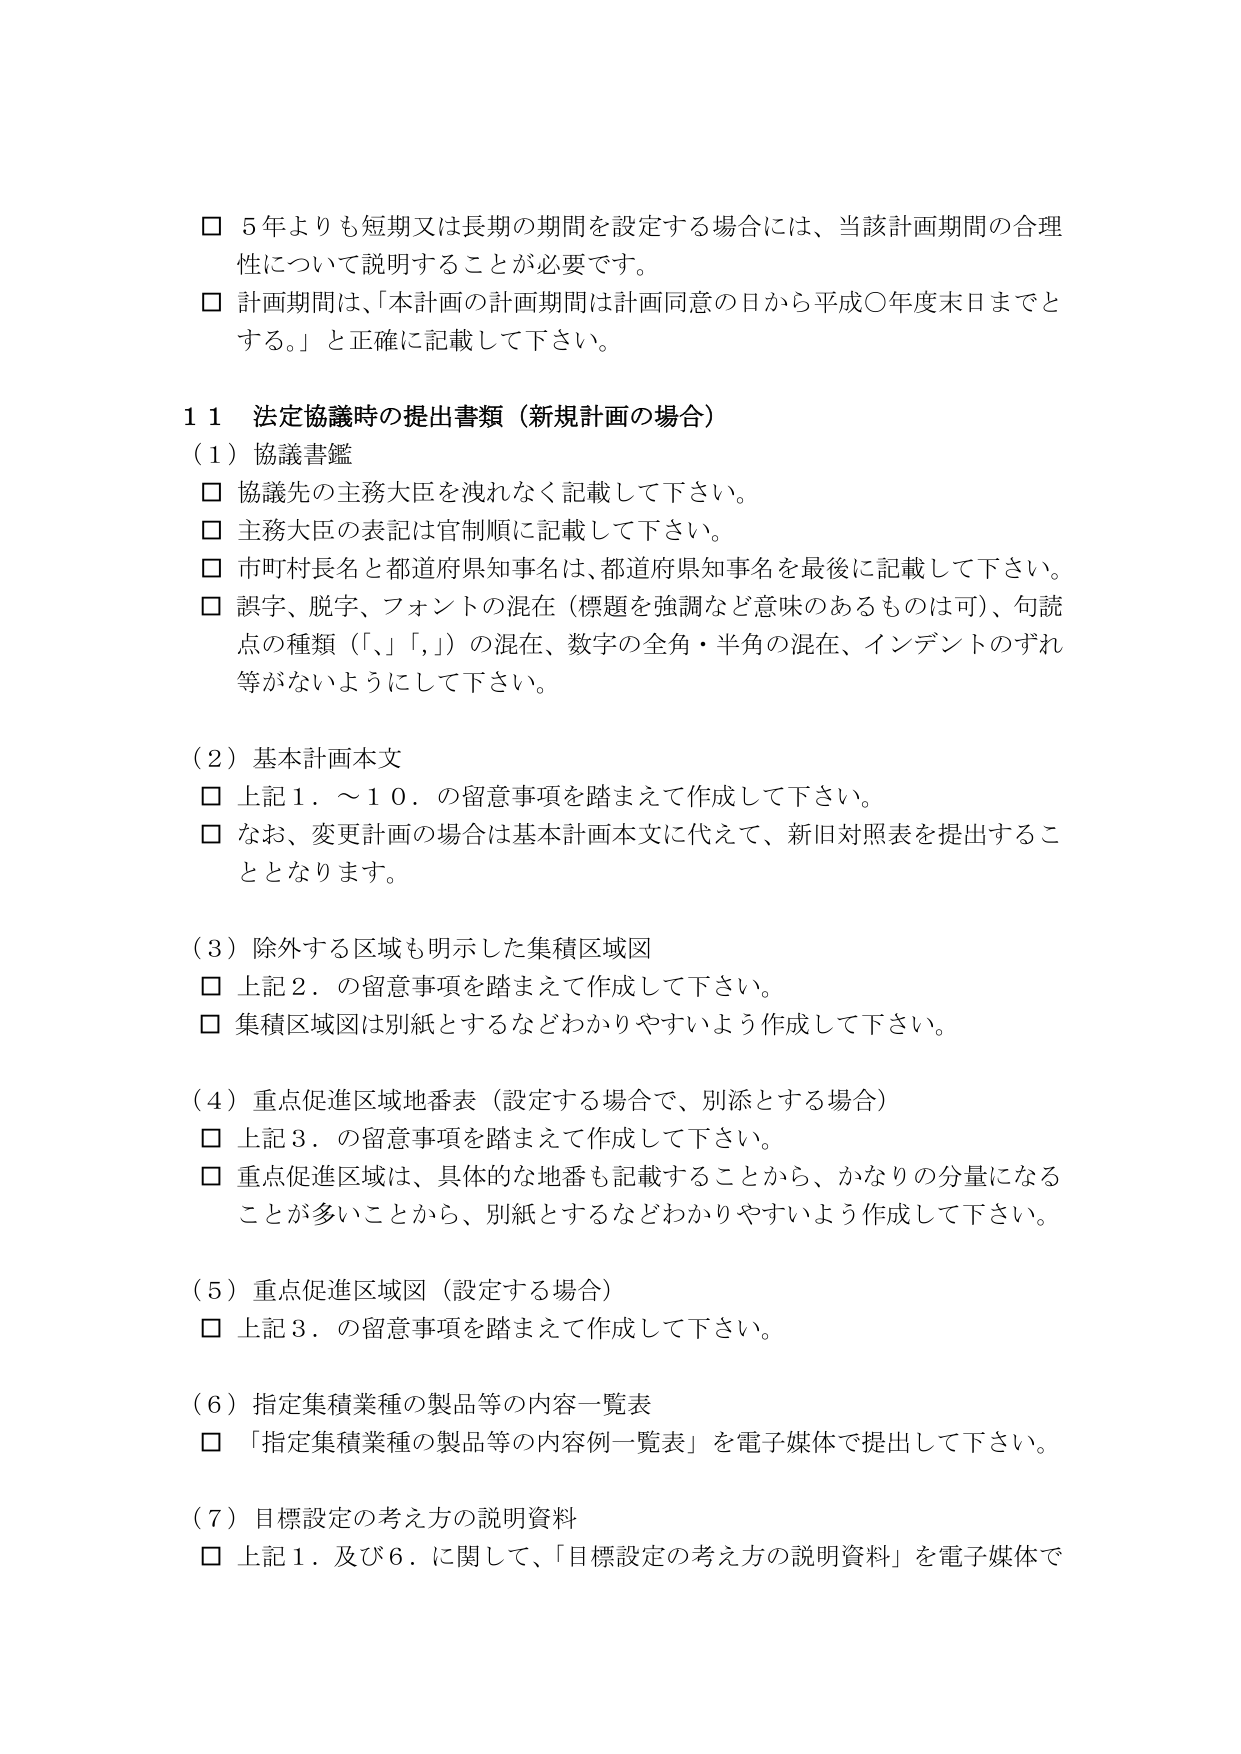
□ 5年よりも短期又は長期の期間を設定する場合には、当該計画期間の合理性について説明することが必要です。
□ 計画期間は、「本計画の計画期間は計画同意の日から平成〇年度末日までとする。」と正確に記載して下さい。

11 法定協議時の提出書類（新規計画の場合）
（1）協議書鑑
□ 協議先の主務大臣を洩れなく記載して下さい。
□ 主務大臣の表記は官制順に記載して下さい。
□ 市町村長名と都道府県知事名は、都道府県知事名を最後に記載して下さい。
□ 誤字、脱字、フォントの混在（標題を強調など意味のあるものは可）、句読点の種類（「、」「。」）の混在、数字の全角・半角の混在、インデントのずれ等がないようにして下さい。

（2）基本計画本文
□ 上記1．～10．の留意事項を踏まえて作成して下さい。
□ なお、変更計画の場合は基本計画本文に代えて、新旧対照表を提出することとなります。

（3）除外する区域も明示した集積区域図
□ 上記2．の留意事項を踏まえて作成して下さい。
□ 集積区域図は別紙とするなどわかりやすいよう作成して下さい。

（4）重点促進区域地番表（設定する場合で、別添とする場合）
□ 上記3．の留意事項を踏まえて作成して下さい。
□ 重点促進区域は、具体的な地番も記載することから、かなりの分量になることが多いことから、別紙とするなどわかりやすいよう作成して下さい。

（5）重点促進区域図（設定する場合）
□ 上記3．の留意事項を踏まえて作成して下さい。

（6）指定集積業種の製品等の内容一覧表
□ 「指定集積業種の製品等の内容例一覧表」を電子媒体で提出して下さい。

（7）目標設定の考え方の説明資料
□ 上記1．及び6．に関して、「目標設定の考え方の説明資料」を電子媒体で